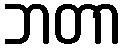
ဘတာ